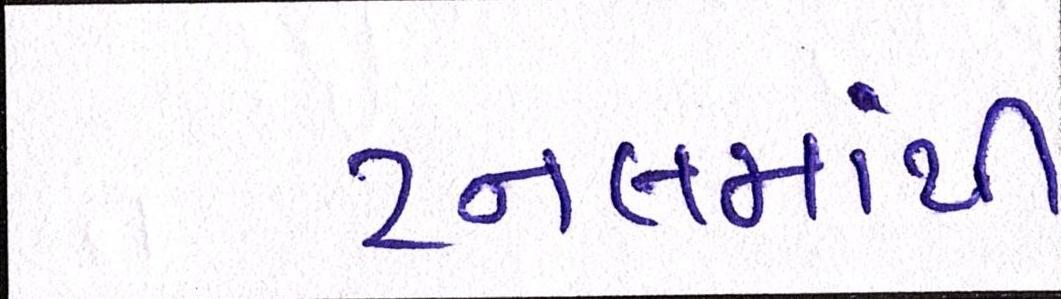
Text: ટનલમાંથી